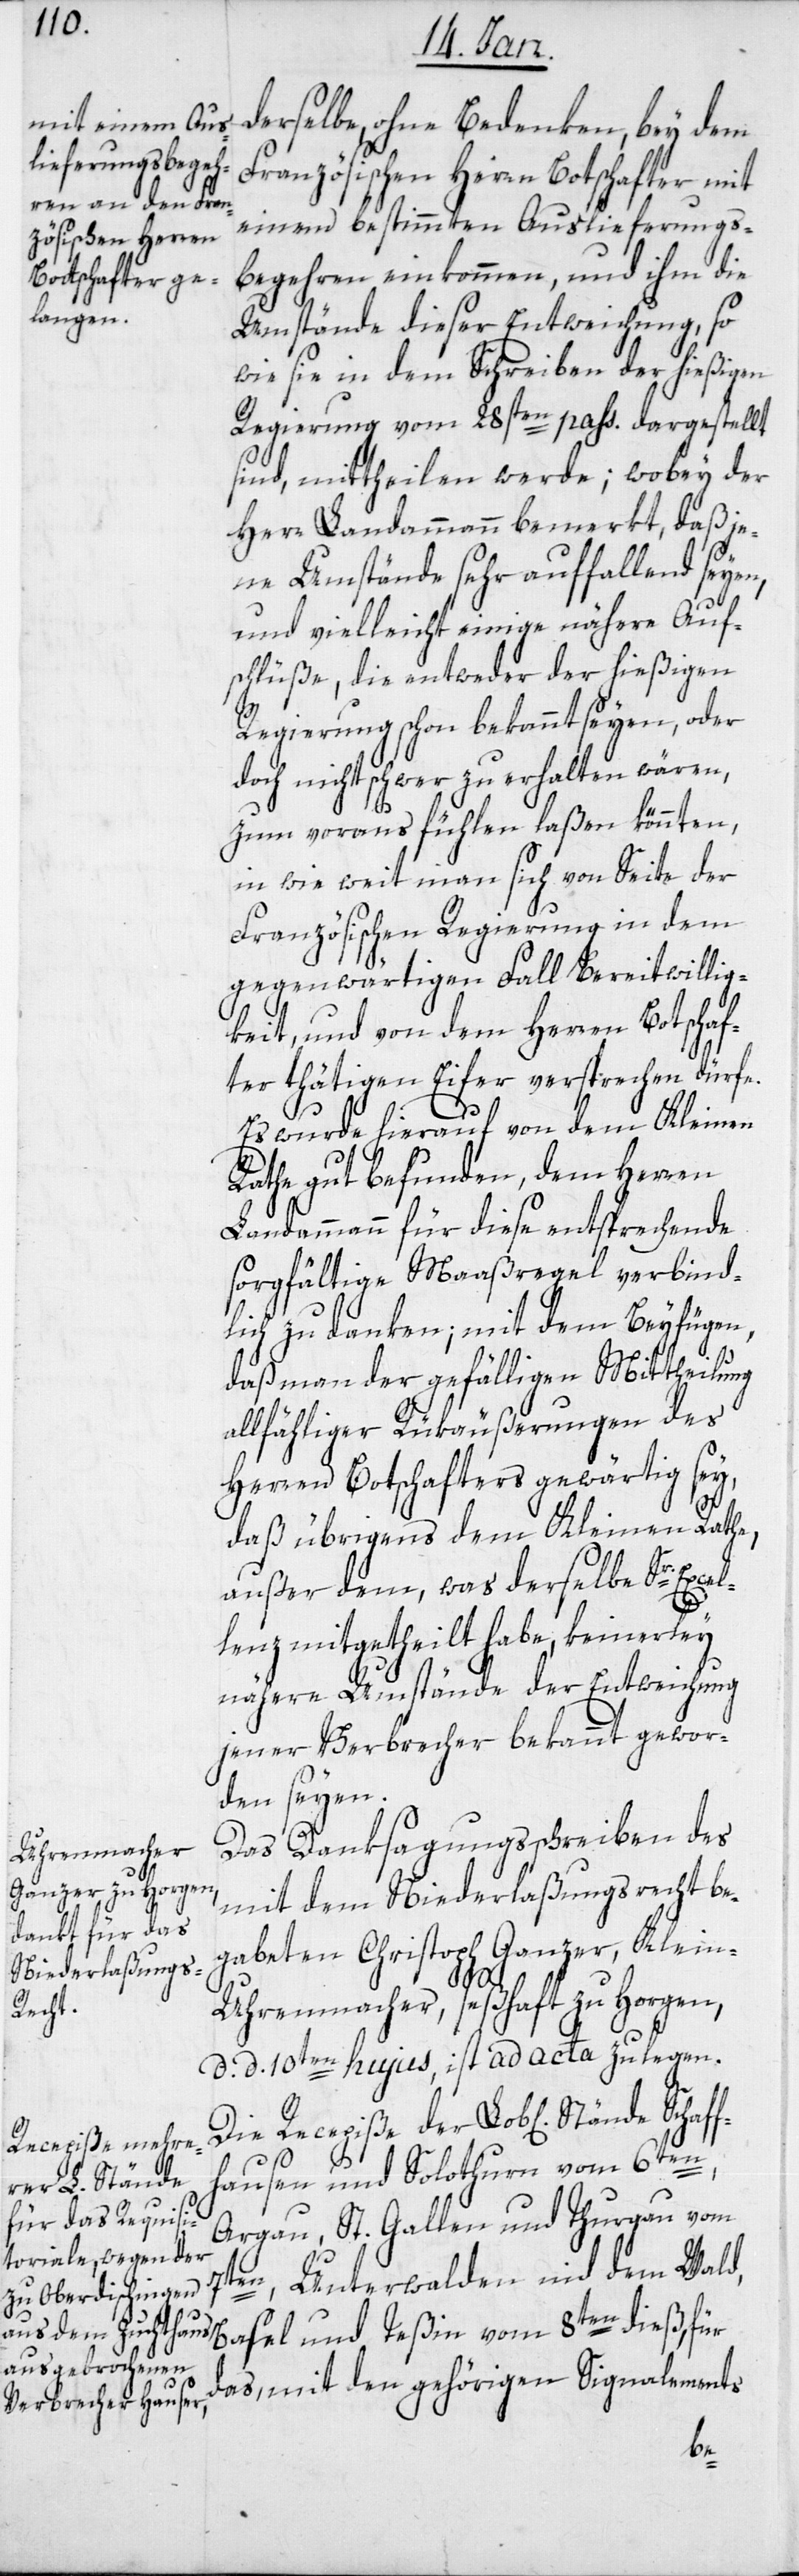
Schaf¬

derselbe, ohne Bedenken, bey dem
Französischen Herren Botschafter mit
einem bestimmten Auslieferungs¬
begehren einkommen, und ihm die
Umstände dieser Entweichung, so
wie sie in dem Schreiben der hießigen
Regierung vom 28sten pass. dargestellt
sind, mittheilen werde; wobey der
Herr Landammann bemerkt, daß je¬
ne Umstände sehr auffallend seyen,
und vielleicht einige nähere Auf¬
schlüße, die entweder der hießigen
Regierung schon bekannt seyen, oder
doch nicht schwer erhalten wären,
zum voraus fühlen laßen könnten,
in wie weit man sich von Seite der
Französischen Regierung in dem
gegenwärtigen Fall Bereitwillig¬
keit, und von dem Herren Botschaf¬
ter thätigen Eifer versprechen dürfe.
Es wurde hierauf von dem Kleinen
Rathe gut befunden, dem Herren
Landammann für diese entsprechende
sorgfältige Maaßregel verbind¬
lich zu danken; mit dem Beyfügen,
daß man der gefälligen Mittheilung
allfähliger Rükäußerungen des
Herren Botschafters gewärtig sey,
daß übrigens dem Kleinen Rathe,
außer dem, was derselbe Sr. Exc¬
lenz mitgetheilt habe, keinerley
nähere Umstände der Entweichung
jener Verbrecher bekannt gewor¬
den seyen.
Das Danksagungsschreiben des
mit dem Niederlaßungsrecht be¬
gabeten Christoph Ganzer, Klei¬
n-Uhrenmacher, seßhaft zu Horgen,
d. d. 10ten hujus, ist ad acta zu legen.
Die Recepiße der Lob[lichen] Stände
fhausen und Solothurn vom 6ten,
Argau, St. Gallen und Thurgau vom
7ten, Unterwalden nid dem Wald,
Basel und Teßin vom 8ten dieß, für
das, mit den gehörigen Signalements
el¬